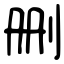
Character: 删